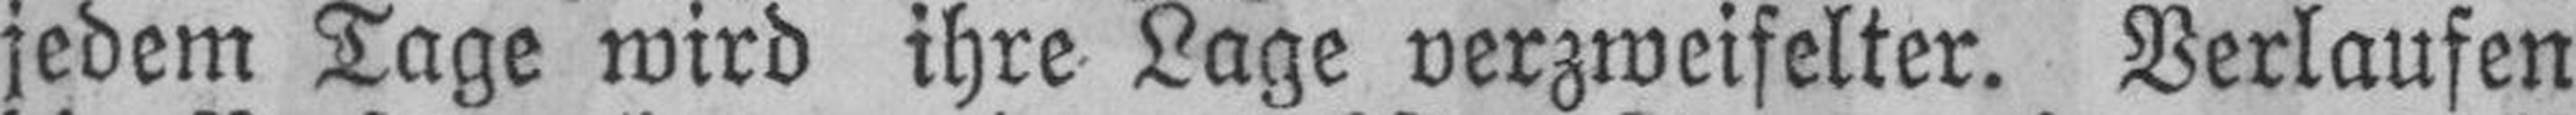
jedem Tage wird ihre Lage verzweifelter. Verlaufen